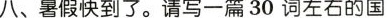
八、暑假快到了.请写一篇 30 词左右的国